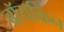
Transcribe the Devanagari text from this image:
बॉयकिन